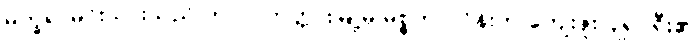
မက္ခရာမင်းသားသည် ကာလကတ္တားမြို့မှ မစ္စတာလိန်းက ကျေးဇူးပြု၍၊ ရီး၏